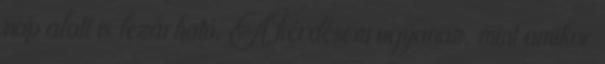
nap alatt is lezárható. A kérdésem ugyanaz, mint amikor